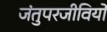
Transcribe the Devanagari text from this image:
जंतुपरजीवियों